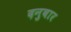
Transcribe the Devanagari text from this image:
दनुवार